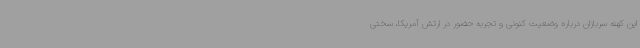
این کهنه سربازان درباره وضعیت کنونی و تجربه حضور در ارتش آمریکا، سختی